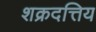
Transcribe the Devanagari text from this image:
शक्रदत्तिय